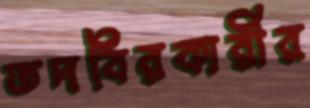
তদবিরকারীর